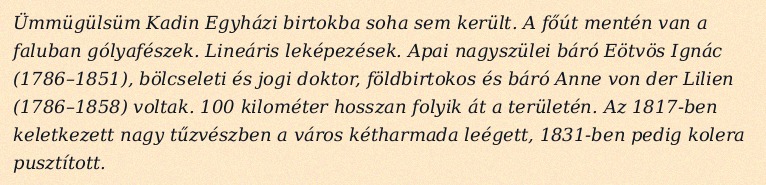
Ümmügülsüm Kadin Egyházi birtokba soha sem került. A főút mentén van a faluban gólyafészek. Lineáris leképezések. Apai nagyszülei báró Eötvös Ignác (1786–1851), bölcseleti és jogi doktor, földbirtokos és báró Anne von der Lilien (1786–1858) voltak. 100 kilométer hosszan folyik át a területén. Az 1817-ben keletkezett nagy tűzvészben a város kétharmada leégett, 1831-ben pedig kolera pusztított.